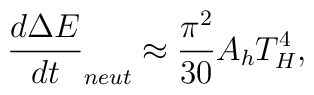
\frac{d\Delta E}{dt}_{neut} \approx \frac{\pi^2}{30} A_{h} T_{H}^4,